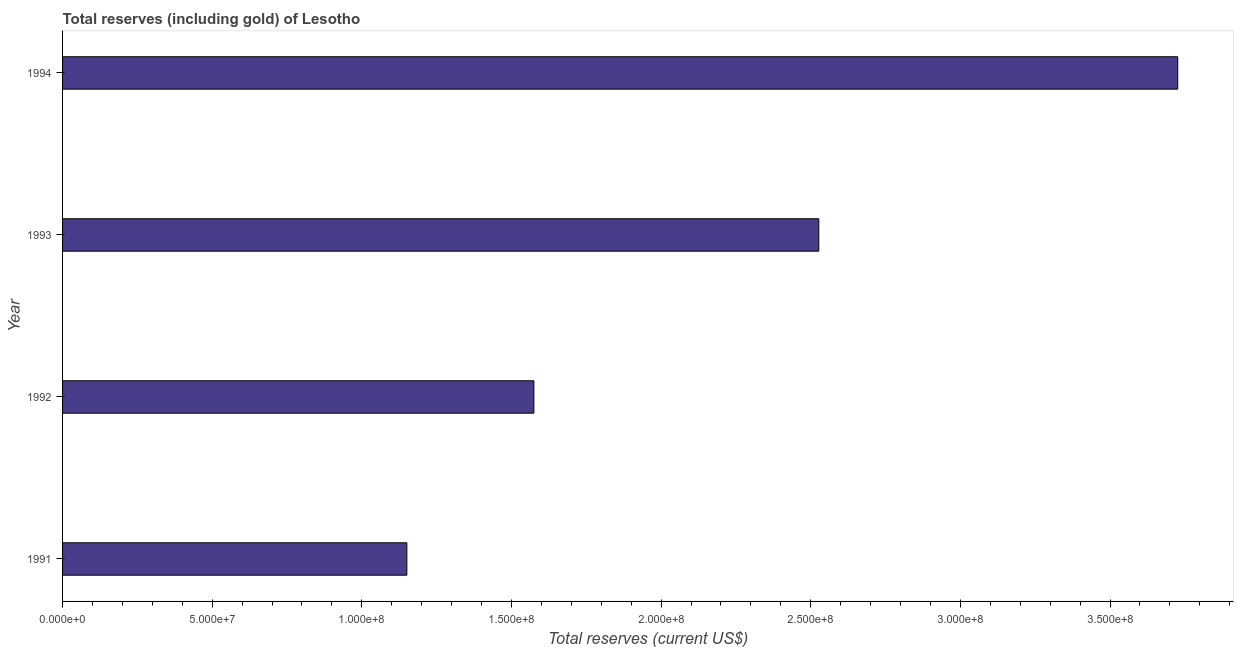
| Year | Total reserves (includes gold |
 | --- | --- |
 | 1991 | 1.15e+08 |
 | 1992 | 1.57e+08 |
 | 1993 | 2.53e+08 |
 | 1994 | 3.73e+08 |